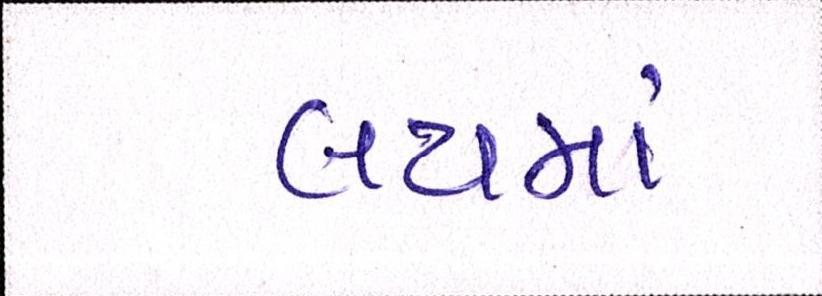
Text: લયમાં